Punjab Mental Hospital Lahore 1932-46 - 1932-1946
Year: 1932
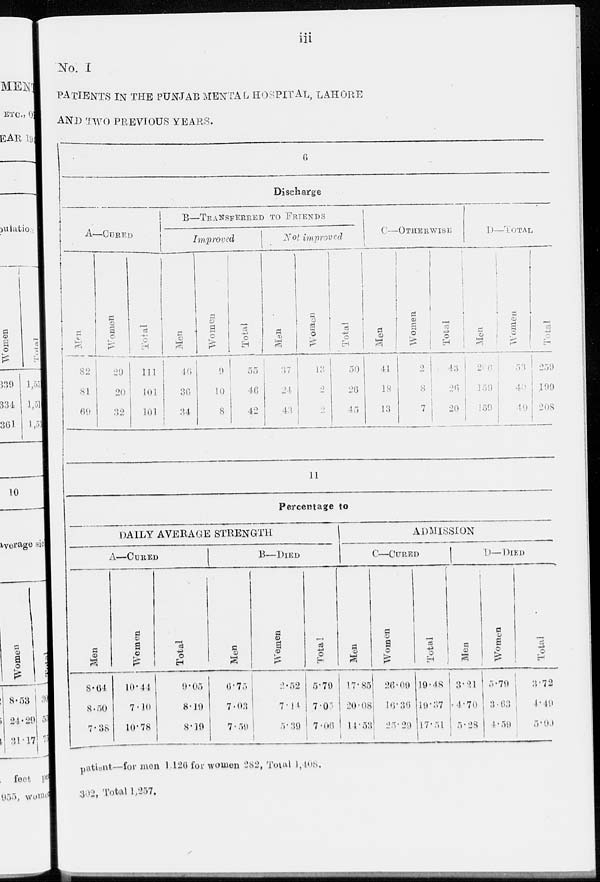
iii
No. I
PATIENTS IN THE PUNJAB MENTAL HOSPITAL , LAHORE
AND TWO PREVIOUS YEARS.
6
Discharge
A—CURED
Men
82
81
69
Women
29
20
32
Total
111
106
101
B—TRANSFERRED
TO
FRIENDS
Improved
Men
46
36
34
Women
9
10
8
Total
55
46
42
Not improved
Men
57
24
41
Women
13
2
2
Total
30
26
45
C—OTHERWISE
Men
41
18
13
Women
2
8
7
Total
43
26
20
D—TOTAL
Men
2
159
159
Women
40
19
Total
259
199
208
11
Percentage to
DAILY AVERAGE STRENGTH
A—CURED
Men
8.64
8.50
7.38
Women
10.44
7.10
10.78
Total
9.05
8.19
8.19
B—DIED
Men
6.75
7.03
7.59
Women
2.52
7.14
5.39
Total
5.79
7.05
7.06
ADMISSION
C—CURED
Men
17.85
20.08
14.53
Women
26.09
16.36
25.29
Total
19.48
19.37
l7.51
D—DIED
Men
3.21
4.70
5.28
Women
5.79
3.63
4.59
Total
3.72
4.49
5.00
patient—for men 1,126 for women 282, Total 1,408.
302, Total 1,257.